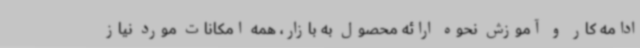
ادامه کار و آموزش نحوه ارائه محصول به بازار، همه امکانات مورد نیاز